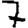
Digit: 7